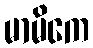
မာမိကေ